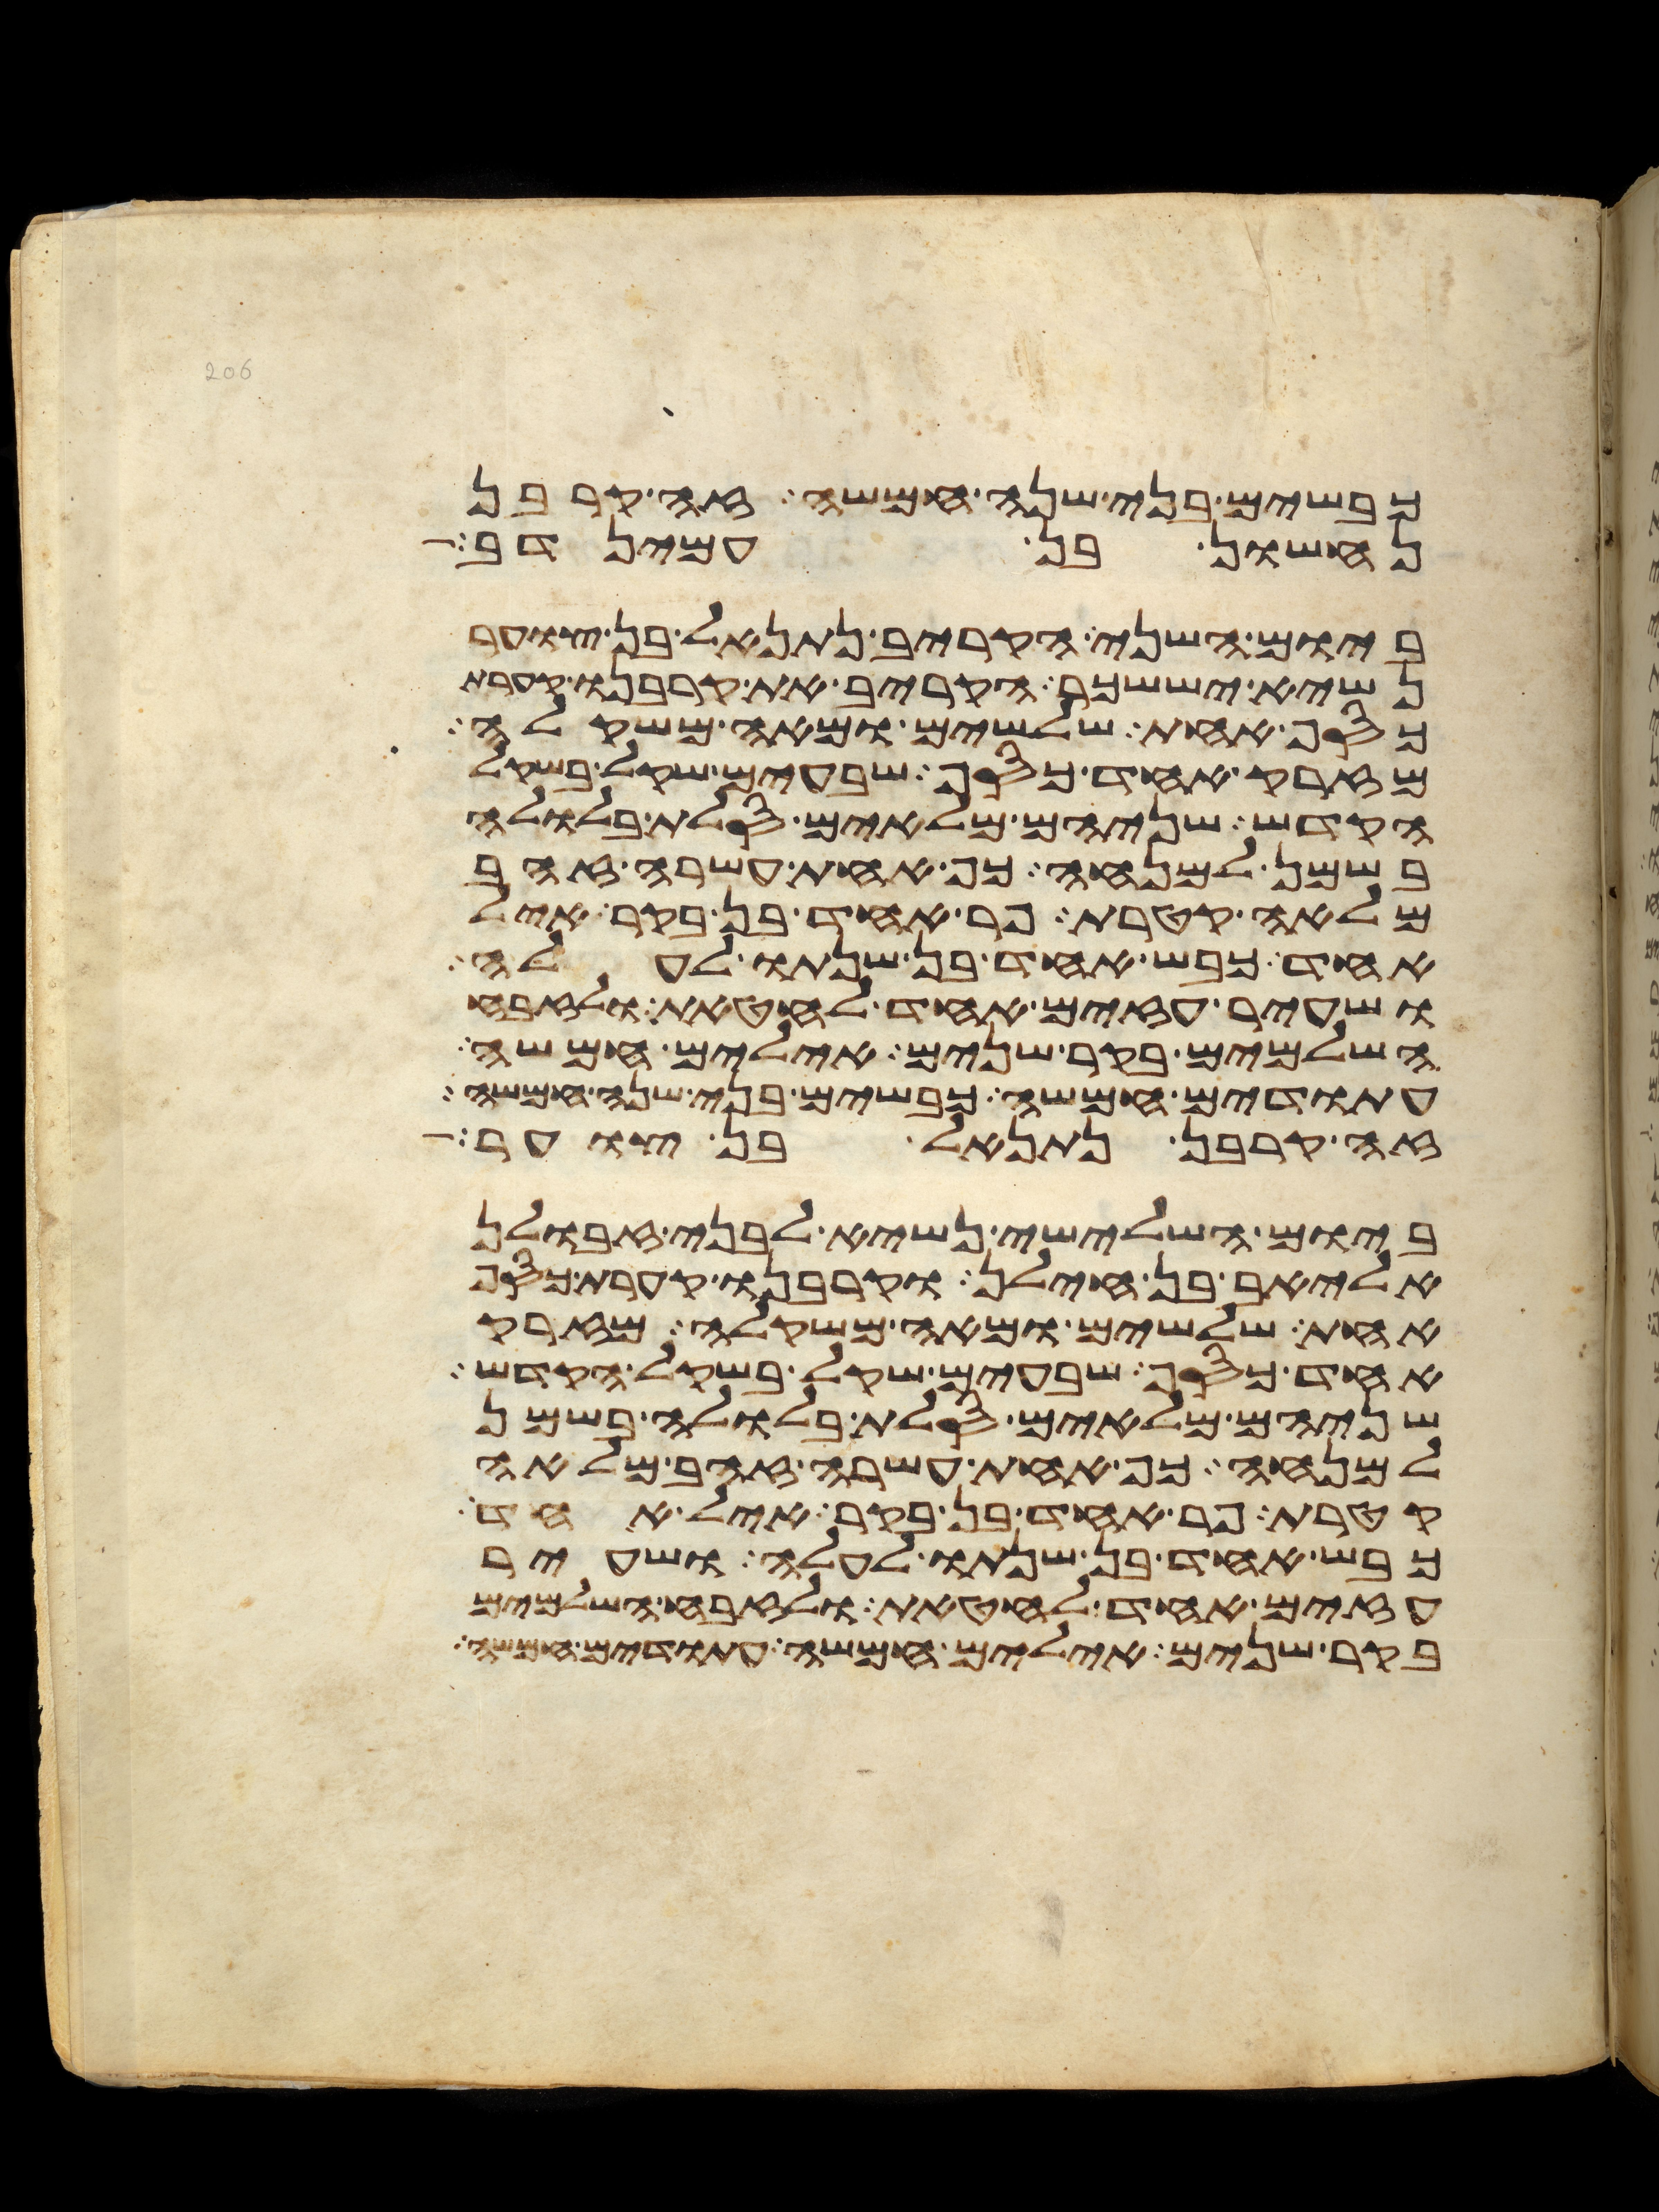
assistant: כבשים בני שנה חמשה זה קרבן
נחשון בן עמינדב
ביום השני הקריב נתנאל בן צוער
נשיא יששכר הקריב את קרבנו קערת
כסף אחת שלשים ומאה משקלה
מזרק אחד כסף שבעים שקל בשקל
הקדש שניהם מלאים סלת בלולה
בשמן למנחה כף אחת עשרה זהב
מלאה קטרת פר אחד בן בקר איל
אחד כבש אחד בן שנתו לעלה
ושעיר עזים אחד לחטאת ולזבח
השלמים בקר שנים אילים חמשה
עתודים חמשה כבשים בני שנה חמשה
זה קרבן נתנאל בן צוער
ביום השלישי נשיא לבני זבולן
אליאב בן חילן וקרבנו קערת כסף
אחת שלשים ומאה משקלה מזרק
אחד כסף שבעים שקל בשקל הקדש
שניהם מלאים סלת בלולה בשמן
למנחה כף אחת עשרה זהב מלאה
קטרת פר אחד בן בקר איל אחד
כבש אחד בן שנתו לעלה ושעיר
עזים אחד לחטאת ולזבח השלמים
בקר שנים אילים חמשה עתודים חמשה